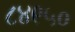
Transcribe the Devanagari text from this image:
८४९५०